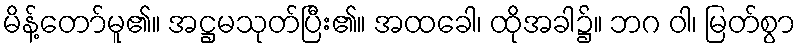
မိန့်တော်မူ၏။ အဋ္ဌမသုတ်ပြီး၏။ အထခေါ၊ ထိုအခါ၌။ ဘဂ ဝါ၊ မြတ်စွာ